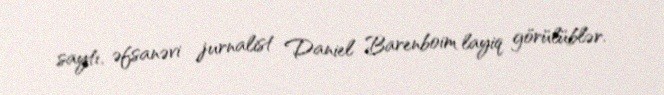
saytı, əfsanəvi jurnalist Daniel Barenboim layiq görülüblər.